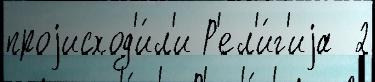
проjисход'и́л'и Р'ел'и́г'иjа  2